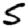
Digit: 5